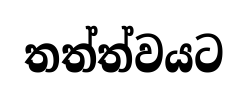
තත්ත්වයට